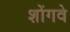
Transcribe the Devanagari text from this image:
शोंगवे